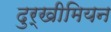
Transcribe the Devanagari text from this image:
दुर्खीमियन